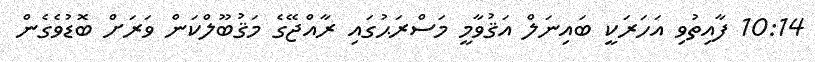
10:14 ފާއިތުވި އަހަރަކީ ބައިނަލް އަޤުވާމީ މަސްރަޙުގައި ރާއްޖޭގެ މަޤުބޫލްކަން ވަރަށް ބޮޑުވެގެން